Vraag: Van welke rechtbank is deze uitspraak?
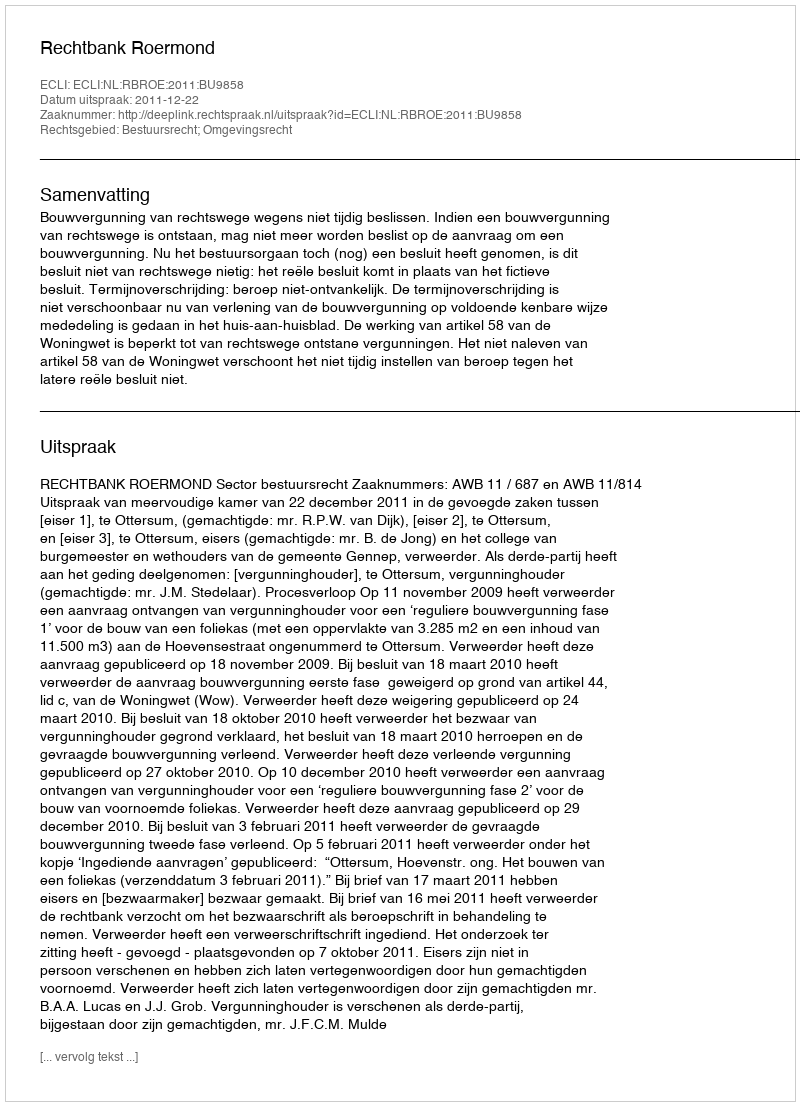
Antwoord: Rechtbank Roermond